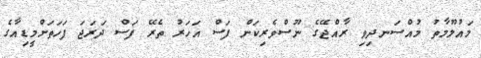
މައުލޫމާތު މުއްސަނދިވި ރާއްޖޭގެ ނޫސްވެރިކަން ފަސް އަހަރު ތެރޭ ފަސް ދަރަޖަ ފަހަތަށްމީޑިއާގެ